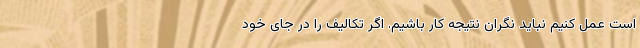
است عمل کنیم نباید نگران نتیجه کار باشیم. اگر تکالیف را در جای خود